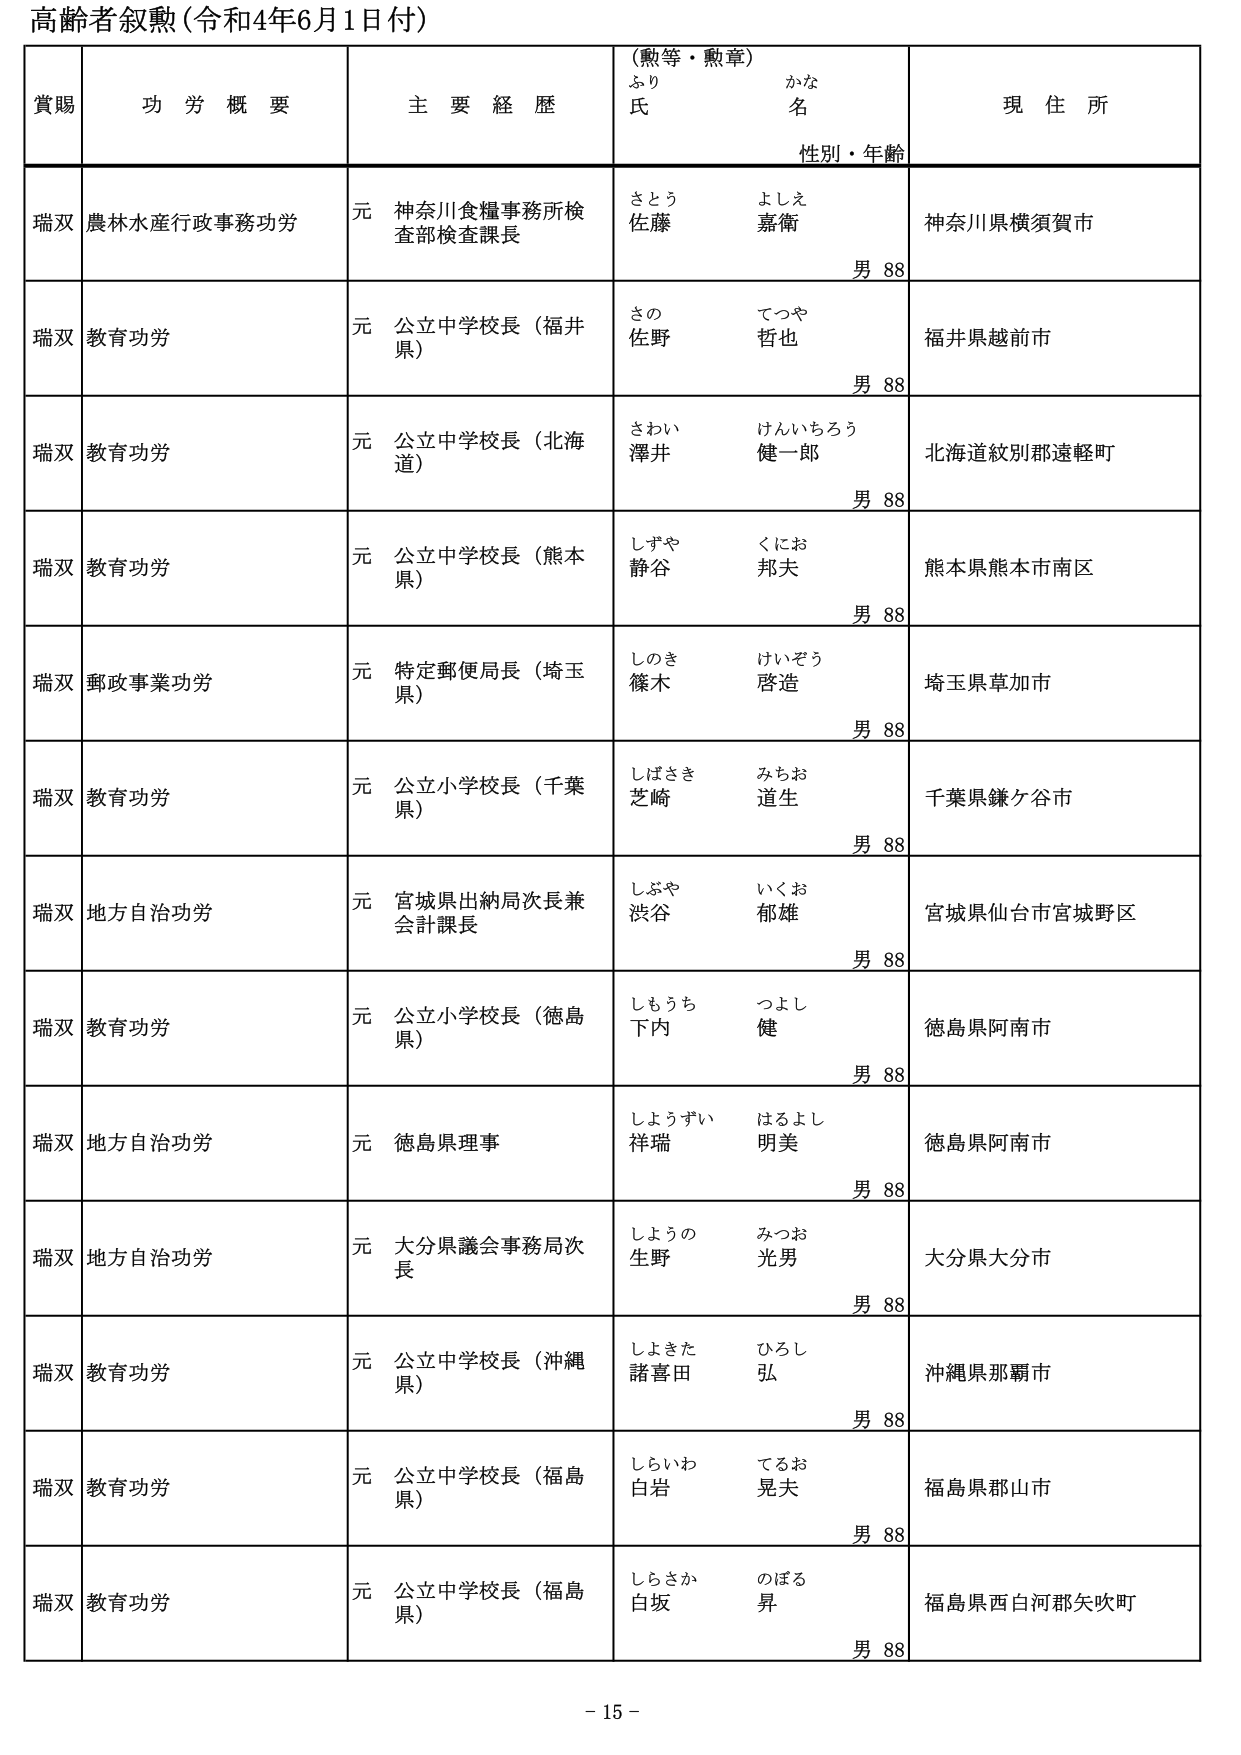
高齢者叙勲（令和4年6月1日付）

賞賜　　功労概要　　主要経歴　　（勲等・勲章）　　現住所
　　　　　　　　　　　　　　ふり　　かな
　　　　　　　　　　　　　　氏　　名
　　　　　　　　　　　　　　性別・年齢

瑞双　農林水産行政事務功労　　元　神奈川食糧事務所検査部検査課長　　さとう　よしえ　　神奈川県横須賀市
　　　　　　　　　　　　　　　　　　　　　　　　　　　　　　　　佐藤　嘉衛　　男 88

瑞双　教育功労　　元　公立中学校長（福井県）　　さの　てつや　　福井県越前市
　　　　　　　　　　　　　　　　　　　　　　　　佐野　哲也　　男 88

瑞双　教育功労　　元　公立中学校長（北海道）　　さわい　けんいちろう　　北海道紋別郡遠軽町
　　　　　　　　　　　　　　　　　　　　　　　　澤井　健一郎　　男 88

瑞双　教育功労　　元　公立中学校長（熊本県）　　しずや　くにお　　熊本県熊本市南区
　　　　　　　　　　　　　　　　　　　　　　　　静谷　邦夫　　男 88

瑞双　郵政事業功労　　元　特定郵便局長（埼玉県）　　しのき　けいぞう　　埼玉県草加市
　　　　　　　　　　　　　　　　　　　　　　　　篠木　啓造　　男 88

瑞双　教育功労　　元　公立小学校長（千葉県）　　しばさき　みちお　　千葉県鎌ケ谷市
　　　　　　　　　　　　　　　　　　　　　　　　芝崎　道生　　男 88

瑞双　地方自治功労　　元　宮城県出納局次長兼会計課長　　しぶや　いくお　　宮城県仙台市宮城野区
　　　　　　　　　　　　　　　　　　　　　　　　　　　渋谷　郁雄　　男 88

瑞双　教育功労　　元　公立小学校長（徳島県）　　しもうち　つよし　　徳島県阿南市
　　　　　　　　　　　　　　　　　　　　　　　　下内　健　　男 88

瑞双　地方自治功労　　元　徳島県理事　　しようずい　はるよし　　徳島県阿南市
　　　　　　　　　　　　　　　　　　　　　　祥瑞　明美　　男 88

瑞双　地方自治功労　　元　大分県議会事務局次長　　しょうの　みつお　　大分県大分市
　　　　　　　　　　　　　　　　　　　　　　　　生野　光男　　男 88

瑞双　教育功労　　元　公立中学校長（沖縄県）　　しよきた　ひろし　　沖縄県那覇市
　　　　　　　　　　　　　　　　　　　　　　　　諸喜田　弘　　男 88

瑞双　教育功労　　元　公立中学校長（福島県）　　しらいわ　てるお　　福島県郡山市
　　　　　　　　　　　　　　　　　　　　　　　　白岩　晃夫　　男 88

瑞双　教育功労　　元　公立中学校長（福島県）　　しらさか　のぼる　　福島県西白河郡矢吹町
　　　　　　　　　　　　　　　　　　　　　　　　白坂　昇　　男 88

- 15 -